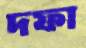
দফা